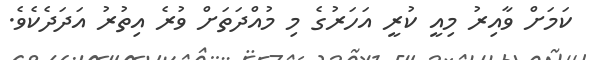
ކަމަށް ވާއިރު މިއީ ކުރީ އަހަރުގެ މި މުއްދަތަށް ވުރެ އިތުރު އަދަދެކެވެ.